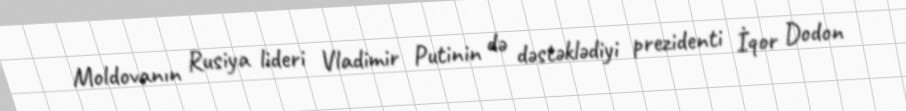
Moldovanın Rusiya lideri Vladimir Putinin də dəstəklədiyi prezidenti İqor Dodon